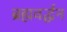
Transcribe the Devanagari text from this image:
ब्रह्मवर्द्धन